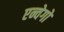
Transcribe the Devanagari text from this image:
एन्वेगो